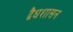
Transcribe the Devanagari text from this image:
द्वैधशासन